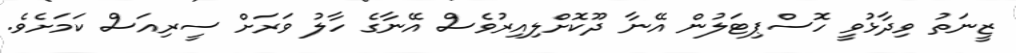
ޒީނަތު ވިދާޅުވީ ހޮސްޕިޓަލުން އޭނާ ދޫކޮށްލިއިރުވެސް އޭނާގެ ހާލު ވަރަށް ސީރިއަސް ކަމަށެވެ.